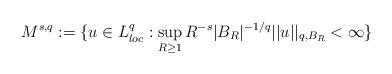
LaTeX: \begin{align*}M^{s,q}:=\{u\in L_{loc}^{q}:\sup_{R\geq1}R^{-s}|B_{R}|^{-1/q}||u||_{q,B_{R}}<\infty \} \end{align*}